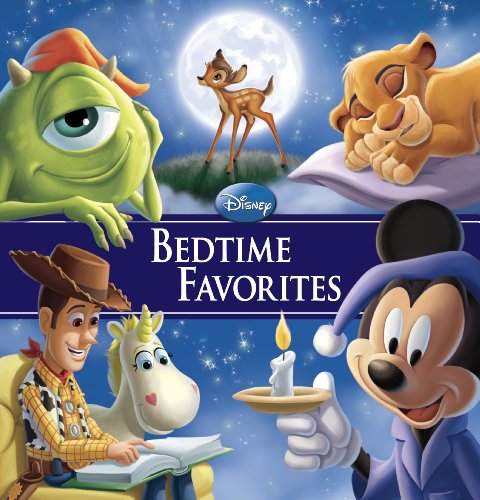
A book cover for Disney Bedtime Favorites Special Edition (Storybook Collection); Disney Book Group; Children's Books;